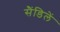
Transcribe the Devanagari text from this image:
सैंडिलें